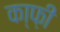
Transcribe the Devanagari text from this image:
का्फ़ी